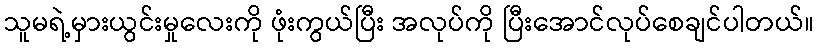
သူမရဲ့မှားယွင်းမှုလေးကို ဖုံးကွယ်ပြီး အလုပ်ကို ပြီးအောင်လုပ်စေချင်ပါတယ်။